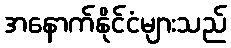
အနောက်နိုင်ငံများသည်